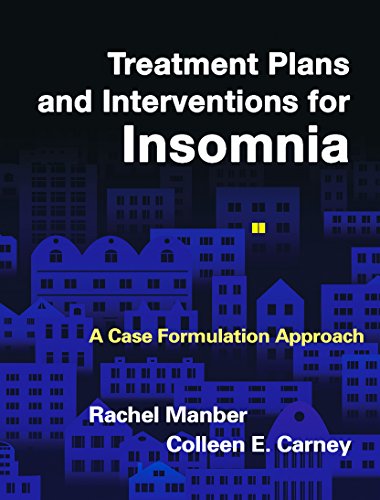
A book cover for Treatment Plans and Interventions for Insomnia: A Case Formulation Approach (Treatment Plans and Interventions for Evidence-Based Psychot); Rachel Manber Phd; Medical Books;